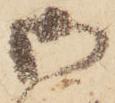
御